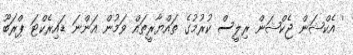
' އެކްޝަން ޖެކްޝަން ރިލީސް ކުރުމުގެ ތައްޔާރީތައް ވަމުން އަންނަ ޑައިރެކްޓަ ޕްރަބޫ